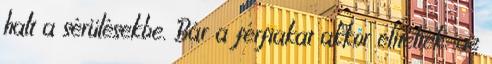
halt a sérülésekbe. Bár a férfiakat akkor elítélték, az